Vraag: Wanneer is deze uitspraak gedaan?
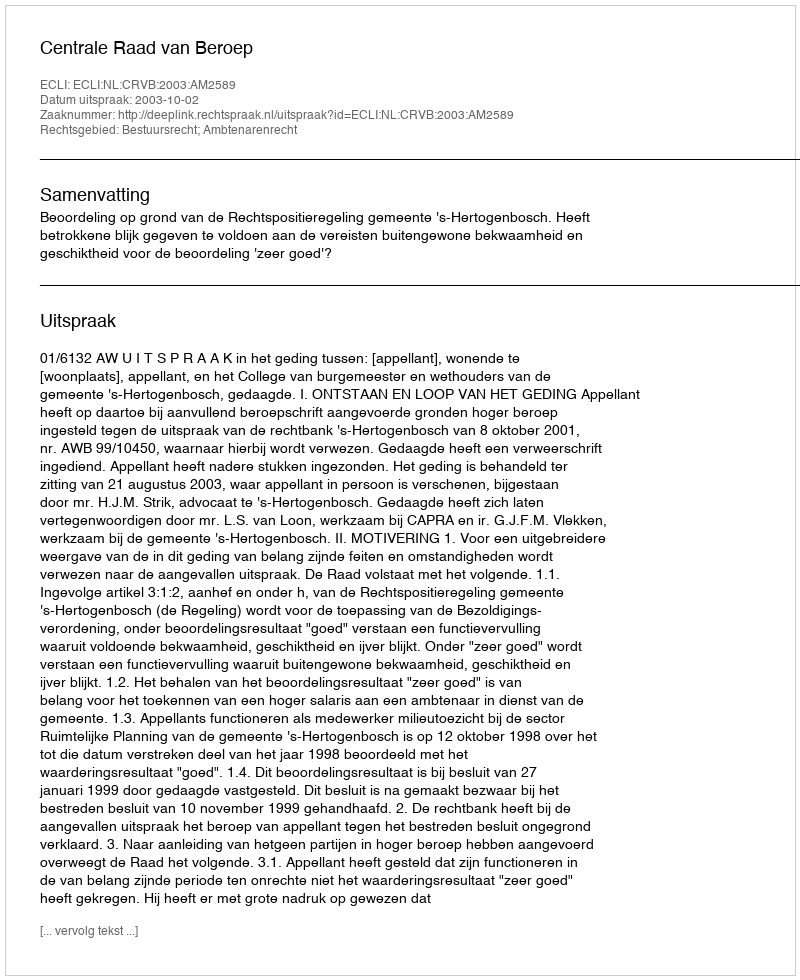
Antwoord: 2003-10-02